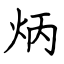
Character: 炳